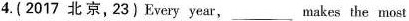
4. (2017 北京,23)Every year,___makes the most